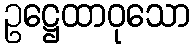
ဥဋ္ဌေထာဝုသော